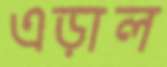
এড়াল